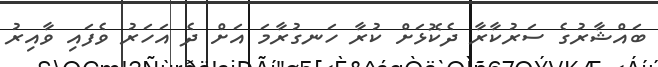
ބައްޝާރުގެ ސަރުކާރާ ދެކޮޅަށް ކުރާ ހަނގުރާމަ އަށް ދެ އަހަރު ވެފައި ވާއިރު